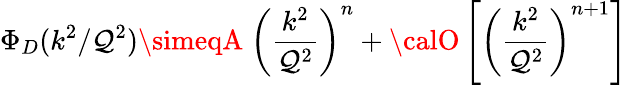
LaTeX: \Phi_{D}(k^{2}/\mathcal{Q}^{2})\simeqA\ \left({\frac{{k^{2}}}{{\mathcal{Q}^{2}}}}\right)^{n}+{\calO}\left[\left({\frac{{k^{2}}}{{\mathcal{Q}^{2}}}}\right)^{n+1}\right]